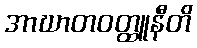
အာဃာတဝတ္ထူနီတိ